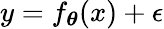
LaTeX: y=f_{\boldsymbol{\theta}}(x)+\epsilon